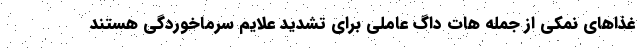
غذاهای نمکی از جمله هات داگ عاملی برای تشدید علایم سرماخوردگی هستند